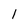
Character: 1